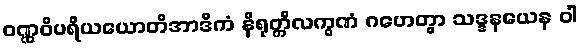
ဝဏ္ဏဝိပရိယယောတိအာဒိကံ နိရုတ္တိလက္ခဏံ ဂဟေတွာ သဒ္ဒနယေန ဝါ